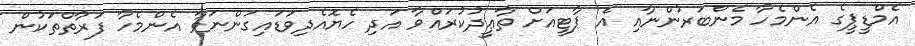
އެމްޑީޕީގެ އެންމެހާ މެންބަރުންނާއި އެ ޕާޓީއަށް ތާޢީދުކުރައްވާ އަދި ހެޔޮއެދިވަޑައިގަންނަވާ އެންމެހާ ފަރާތްތަކުން